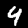
Digit: 4